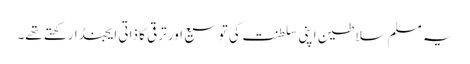
یہ مسلم سلاطین اپنی سلطنت کی توسیع اور ترقی کا ذاتی ایجنڈا رکھتے تھے۔